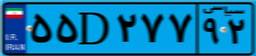
۵۵D۲۷۷۹۲